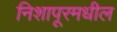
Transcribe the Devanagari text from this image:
निशापूरमधील